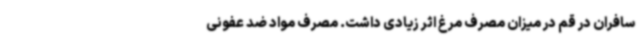
سافران در قم در میزان مصرف مرغ اثر زیادی داشت. مصرف مواد ضد عفونی